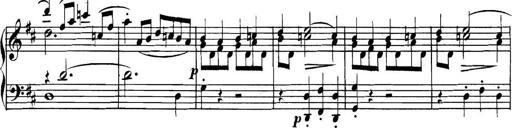
Title: Collected Piano Sonatas
Composer: Muzio Clementi